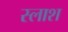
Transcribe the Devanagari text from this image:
स्लाश